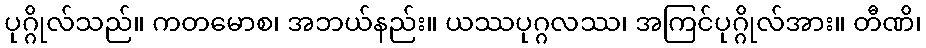
ပုဂ္ဂိုလ်သည်။ ကတမောစ၊ အဘယ်နည်း။ ယဿပုဂ္ဂလဿ၊ အကြင်ပုဂ္ဂိုလ်အား။ တီဏိ၊